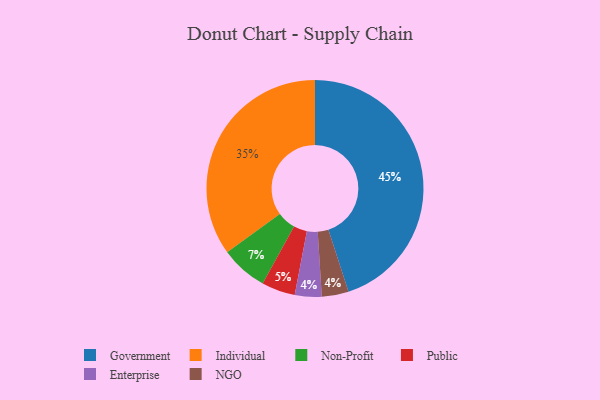
{"axis": {"x": "Category", "y": "Percentage"}, "legend": ["Enterprise", "Government", "Individual", "NGO", "Non-Profit", "Public"], "data": [{"x": "Enterprise", "y": 4, "type": "Enterprise"}, {"x": "Individual", "y": 35, "type": "Individual"}, {"x": "Public", "y": 5, "type": "Public"}, {"x": "NGO", "y": 4, "type": "NGO"}, {"x": "Non-Profit", "y": 7, "type": "Non-Profit"}, {"x": "Government", "y": 45, "type": "Government"}]}